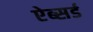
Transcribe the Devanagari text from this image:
ऐब्सर्ड